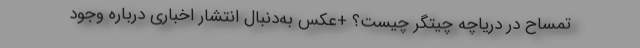
تمساح در دریاچه چیتگر چیست؟ +عکس به‌دنبال انتشار اخباری درباره وجود